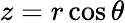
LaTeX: z=r\cos\theta